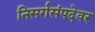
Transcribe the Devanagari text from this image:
निसर्गसंपदेवर